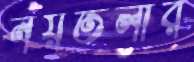
নয়তলার